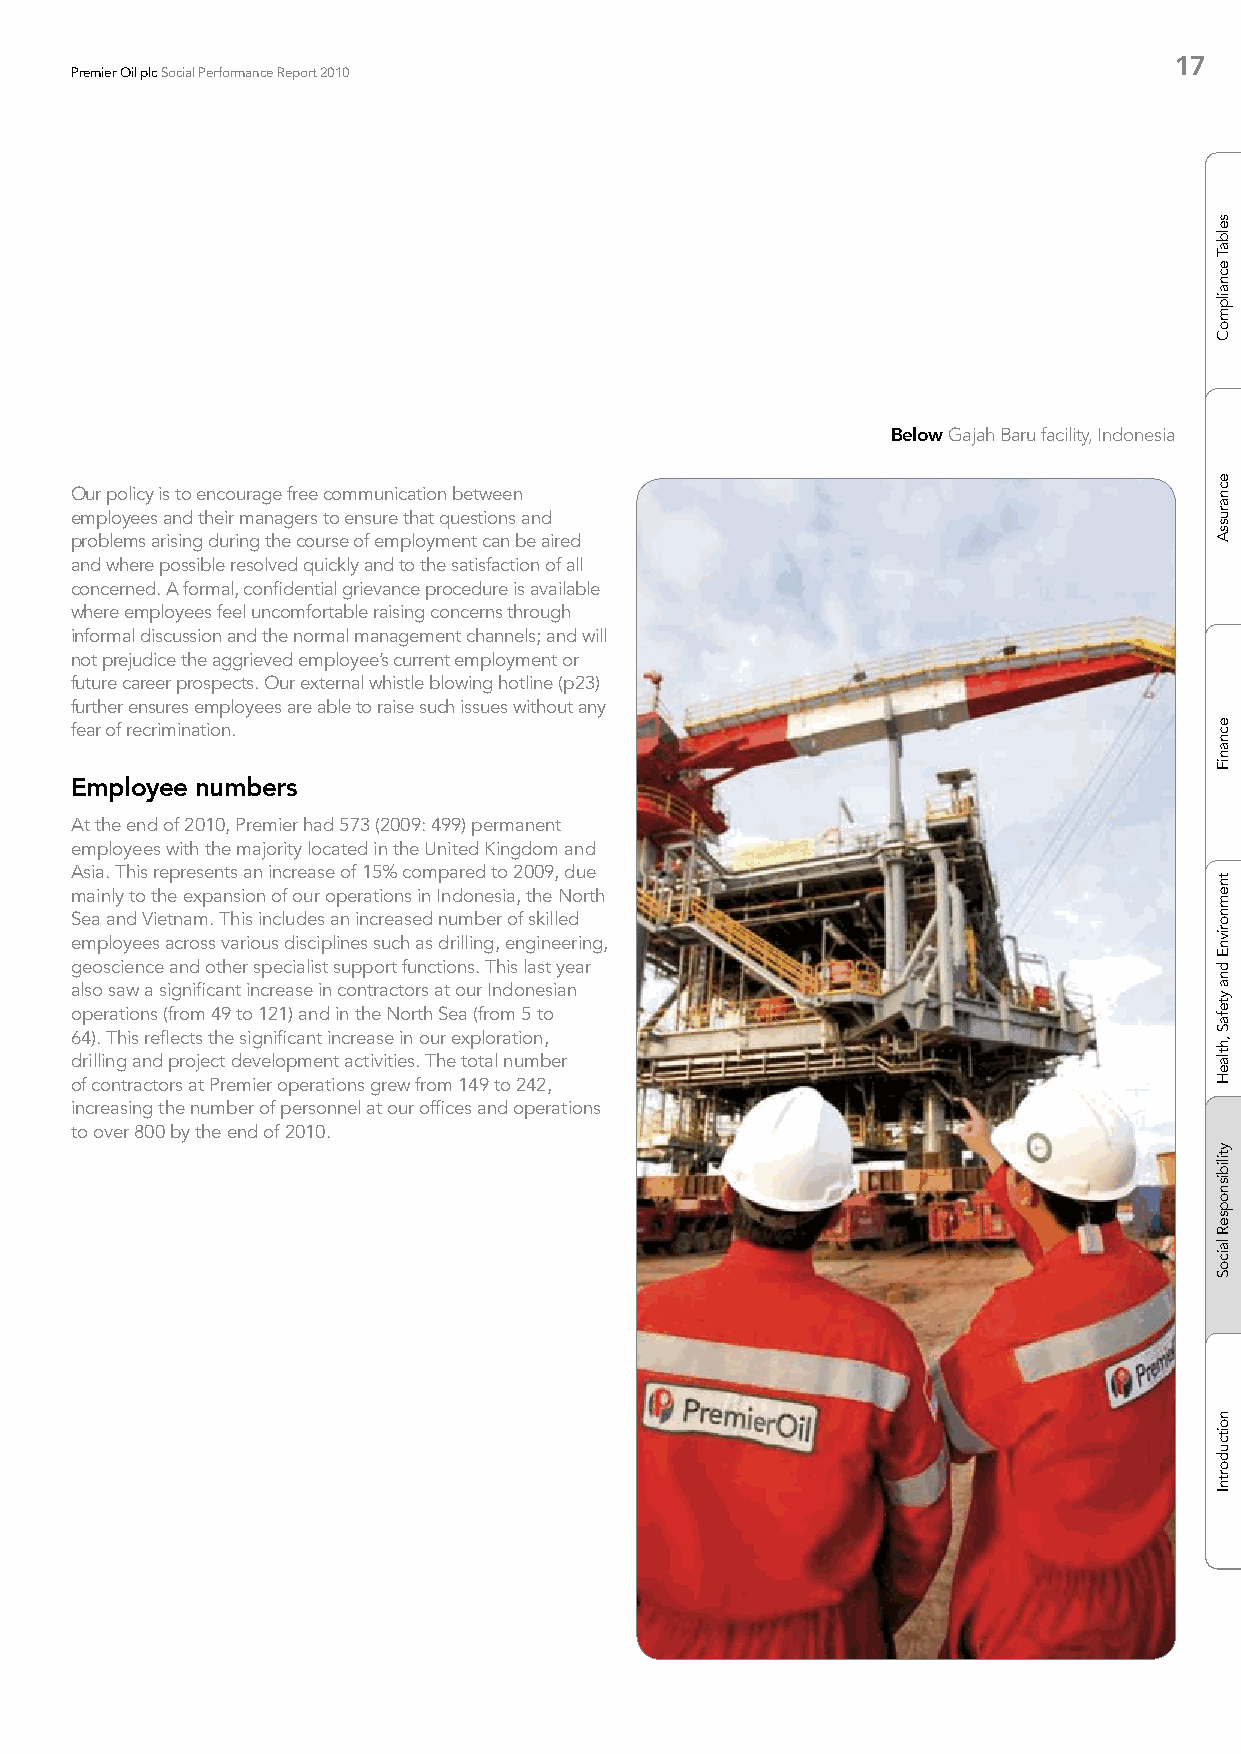
17
 Premier Oil plc Social Performance Report 2010
 Below Gajah Baru facility, Indonesia
 Our policy is to encourage free communication between
 employees and their managers to ensure that questions and
 problems arising during the course of employment can be aired
 and where possible resolved quickly and to the satisfaction of all
 concerned. A formal, confidential grievance procedure is available
 where employees feel uncomfortable raising concerns through
 informal discussion and the normal management channels; and will
 not prejudice the aggrieved employee’s current employment or
 future career prospects. Our external whistle blowing hotline (p23)
 further ensures employees are able to raise such issues without any
 fear of recrimination.
 Employee numbers
 At the end of 2010, Premier had 573 (2009: 499) permanent
 employees with the majority located in the United Kingdom and
 Asia. This represents an increase of 15% compared to 2009, due
 mainly to the expansion of our operations in Indonesia, the North
 Sea and Vietnam. This includes an increased number of skilled
 employees across various disciplines such as drilling, engineering,
 geoscience and other specialist support functions. This last year
 also saw a significant increase in contractors at our Indonesian
 operations (from 49 to 121) and in the North Sea (from 5 to
 64). This reflects the significant increase in our exploration,
 drilling and project development activities. The total number
 of contractors at Premier operations grew from 149 to 242,
 increasing the number of personnel at our offices and operations
 to over 800 by the end of 2010.
 selbaT
 ecnailpmoC
 ecnarussA
 ecnaniF
 tnemnorivnE
 dna
 ytefaS
 ,htlaeH
 ytilibisnopseR
 laicoS
 noitcudortnI